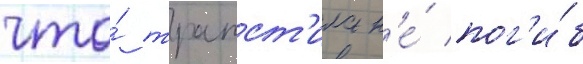
что́ трапст'ила н'е́ пог'и́б